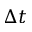
\Delta t